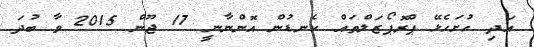
އަދި ހުށަހެޅޭ ޕްރޮޕޯޒަލްތައް ކެނޑުން އޮންނާނީ 17 ޖޫން 2015 ވާ ބުދަ